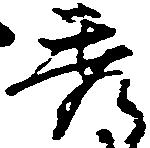
秀